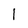
Character: 1